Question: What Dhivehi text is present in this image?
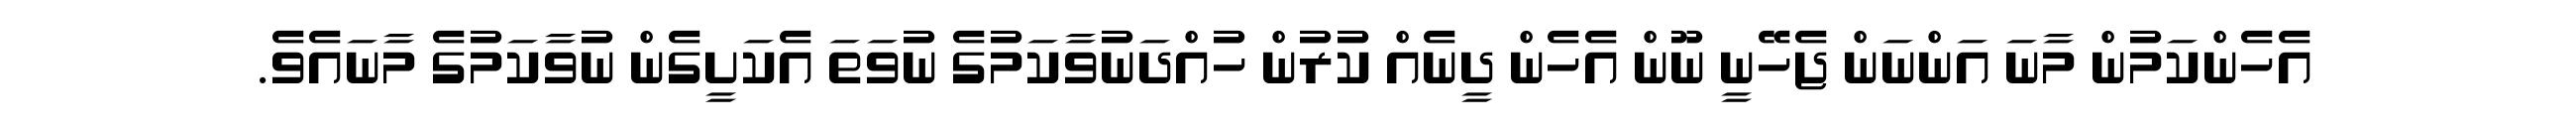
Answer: އެހެންކަމުން މާނަ އަންނަން ޖެހޭނީ ނޫން އެހެން ދީނެއް ކުރުން ހުއްދަނުވާކަމުގެ ނުވަތަ އެކަށީގެން ނުވާކަމުގެ މާނައެވެ.